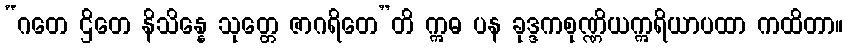
“ဂတေ ဌိတေ နိသိန္နေ သုတ္တေ ဇာဂရိတေ”တိ ဣဓ ပန ခုဒ္ဒကစုဏ္ဏိယဣရိယာပထာ ကထိတာ။